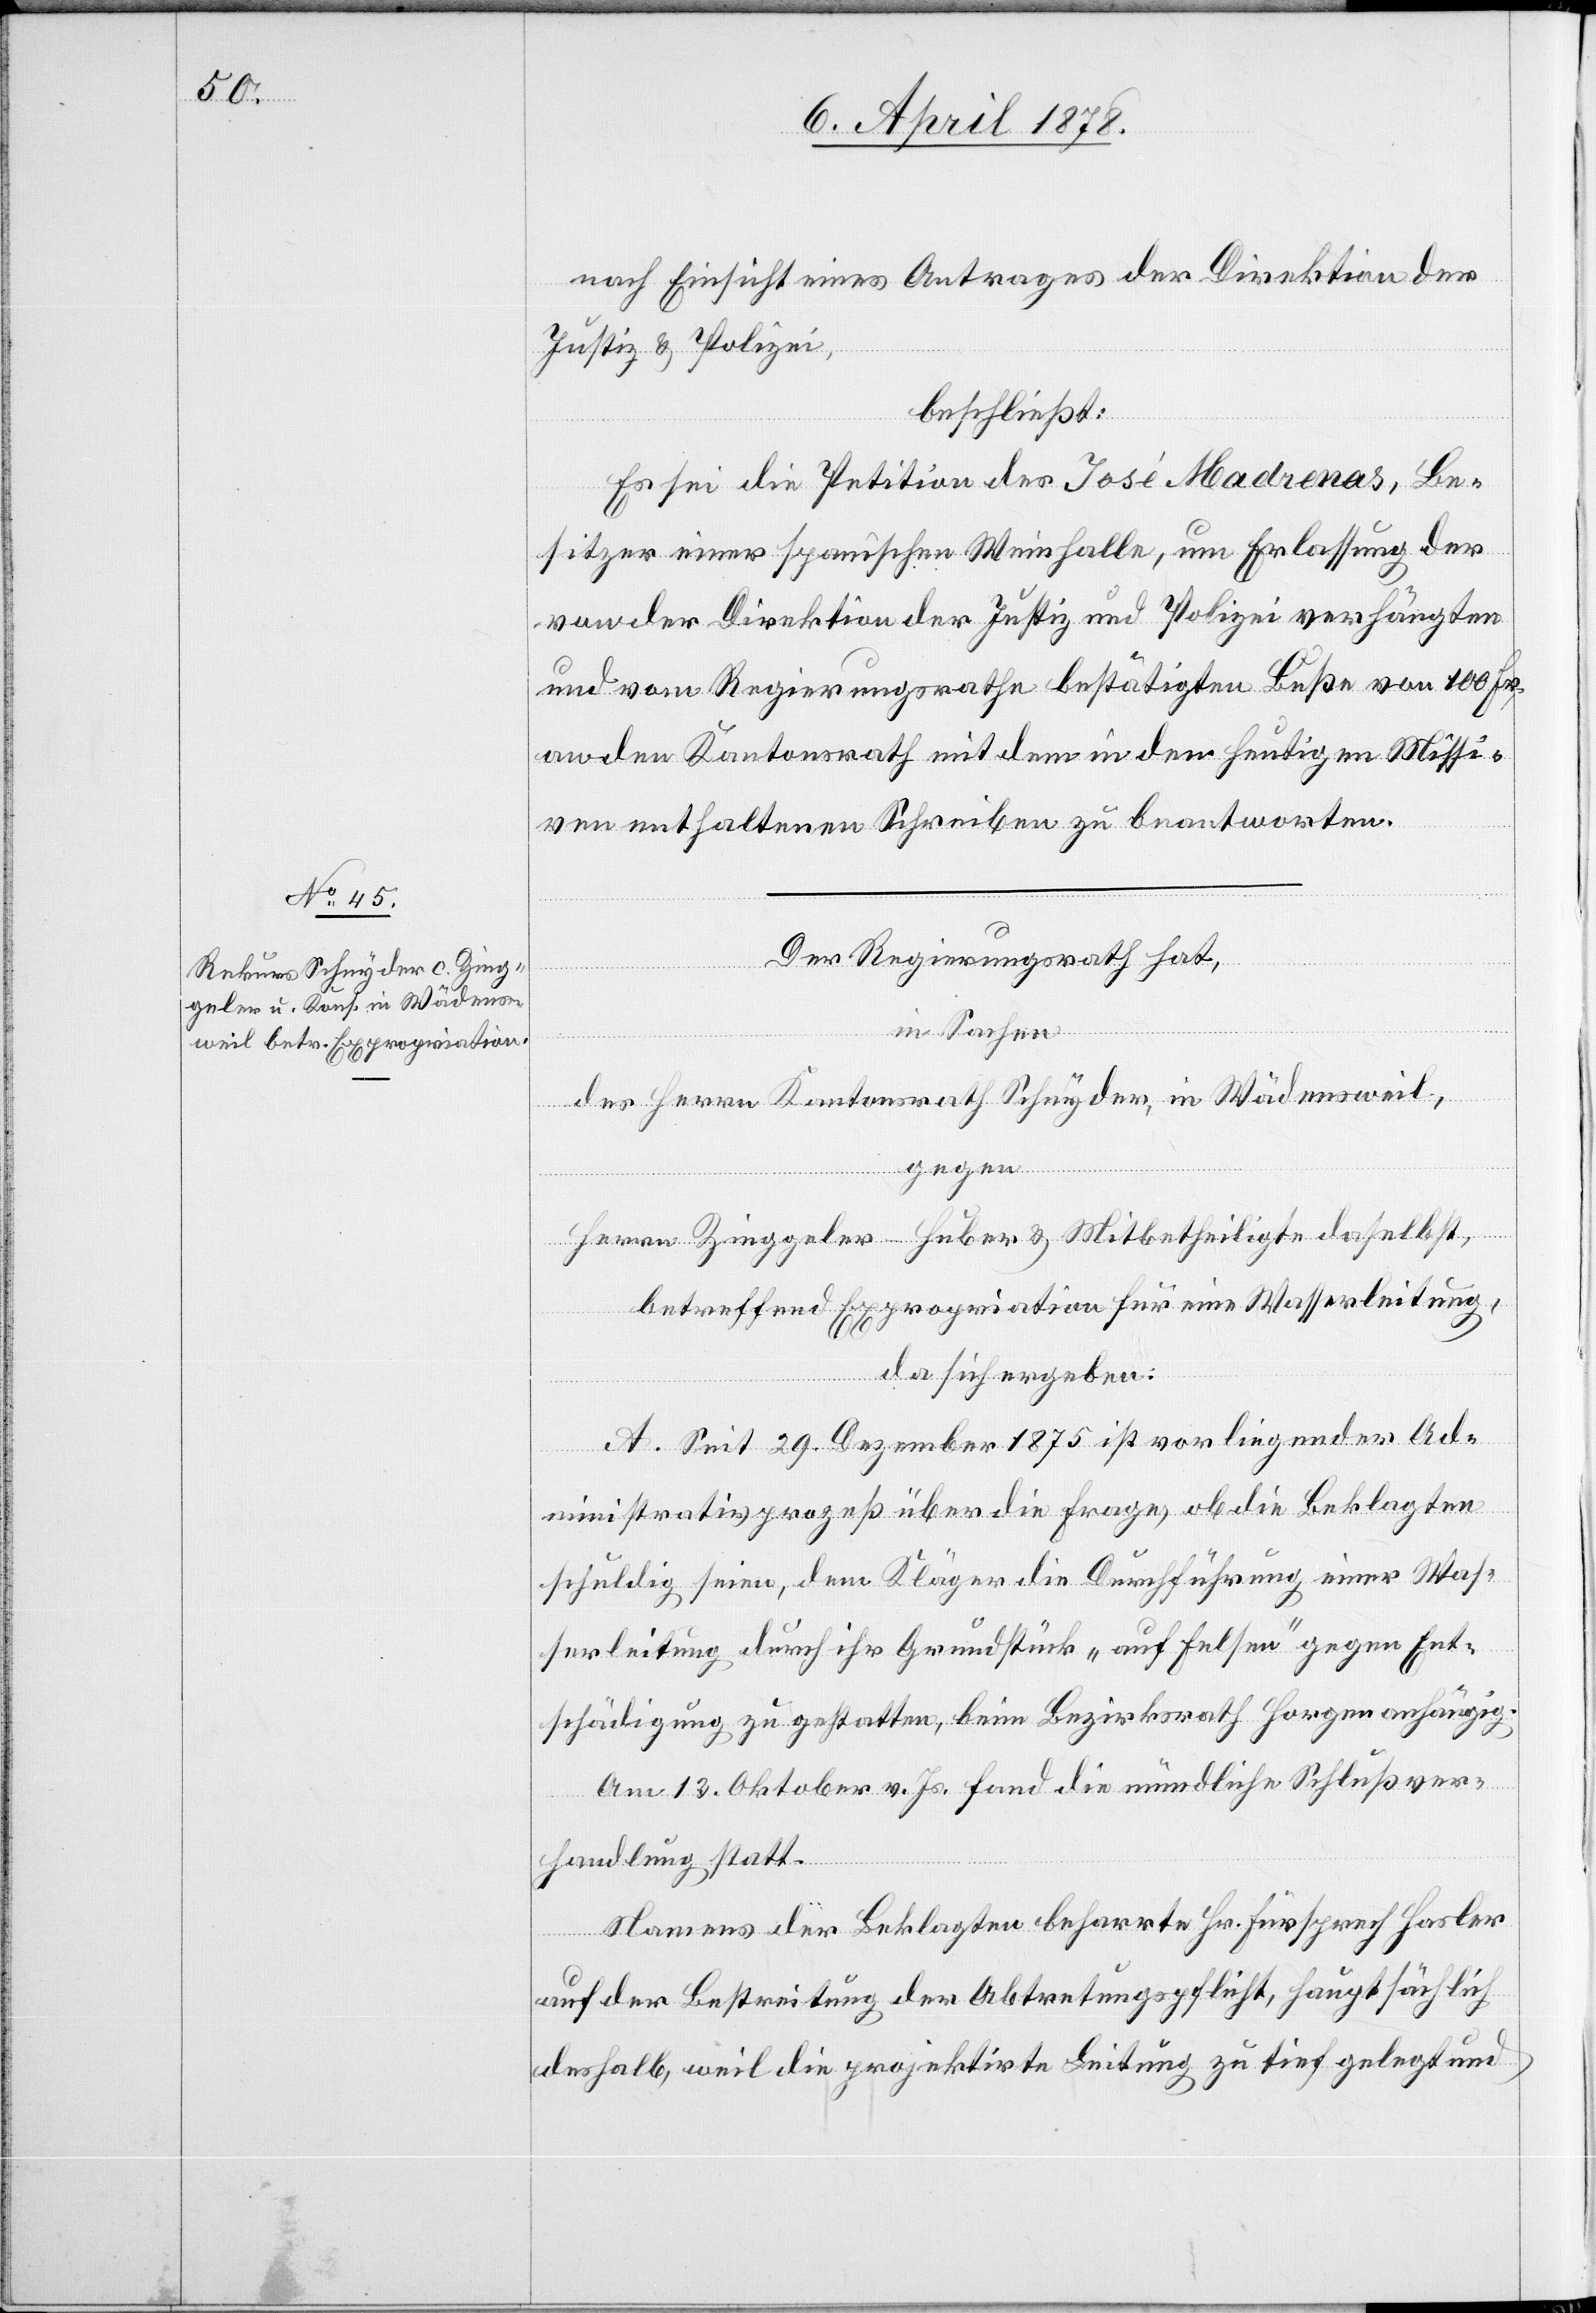
nach Einsicht eines Antrages der Direktion der
Justiz & Polizei,
beschließt:
Es sei die Petition des José Madrenas, Be¬
sitzer einer spanischen Weinhalle, um Erlassung der
von der Direktion der Justiz und Polizei verhängten
und vom Regierungsrathe bestätigten Buße von 100 Fr.
an den Kantonsrath mit dem in den heutigen Missi¬
ven enthaltenen Schreiben zu beantworten.
Der Regierungsrath hat,
in Sachen
des Herren Kantonsrath Schnyder, in Wädensweil,
Herrn Zinggeler-Huber & Mitbetheiligte daselbst,
betreffend Expropriation für eine Wasserleitung,
da sich ergeben:
A. Seit 29. Dezember 1875 ist vorliegender Ad¬
ministrativprozeß über die Frage, ob die Beklagten
schuldig seien, dem Kläger die Durchführung einer Was¬
serleitung durch ihr Grundstück „auf Felsen“ gegen Ent¬
schädigung zu gestatten, beim Bezirksrath Horgen anhängig.
Am 12. Oktober v. Js. fand die mündliche Schlußver¬
gegen
handlung statt.
Namens der Beklagten beharrte Hr. Fürsprech Hasler
auf der Bestreitung der Abtretungspflicht hauptsächlich
deshalb, weil die projektirte Leitung zu tief gelegt und